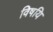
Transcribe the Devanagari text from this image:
विषयि